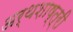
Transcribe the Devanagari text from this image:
अर्थशाष्त्री